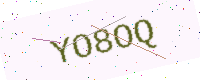
Text: YO8OQ